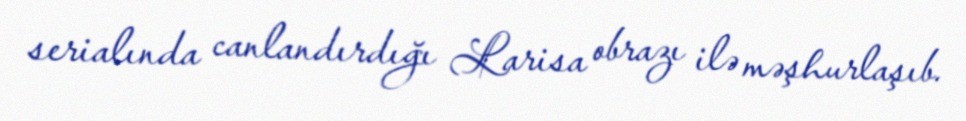
serialında canlandırdığı Larisa obrazı ilə məşhurlaşıb.